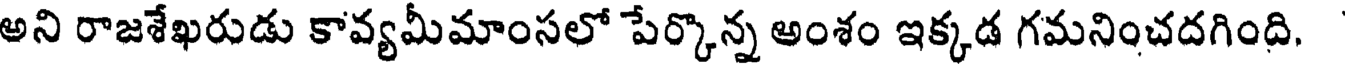
అని రాజశేఖరుడు కావ్యమీమాంసలో పేర్కొన్న అంశం ఇక్కడ గమనించదగింది.